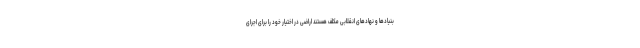
بنیادها و نهادهای انقلابی مکلف هستند اراضی در اختیار خود را برای اجرای